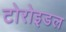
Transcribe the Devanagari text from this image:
टोरोइडल